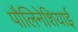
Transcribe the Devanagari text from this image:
पौलिनेशियाई